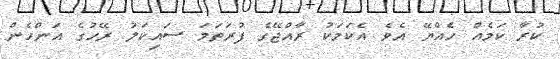
ކުރާ ކަމެއް ހެއްޔޭ އެވެ އެކަމަކު ރާއްޖޭގެ ފުރަތަމަ ސައިކަލު ރޭހުގެ އަންހެން